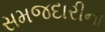
સમજદારીના